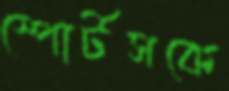
স্পোর্টসকে